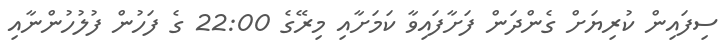
ސިފައިން ކުރިޔަށް ގެންދަން ފަށާފައިވާ ކަމަށާއި މިރޭގެ 22:00 ގެ ފަހުން ފުލުހުންނާއި